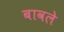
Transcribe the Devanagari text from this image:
बावले